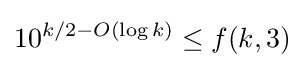
10^{k/2-O(\log k)}\leq f(k,3)